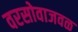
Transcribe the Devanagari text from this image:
वरसोवाजवळ